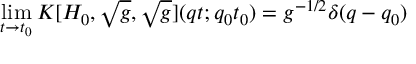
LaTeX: \operatorname * { l i m } _ { t \rightarrow t _ { 0 } } { \cal K } [ H _ { 0 } , \sqrt { g } , \sqrt { g } ] ( q t ; q _ { 0 } t _ { 0 } ) = g ^ { - 1 / 2 } \delta ( q - q _ { 0 } )